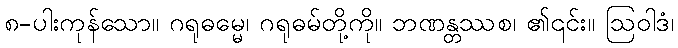
၈-ပါးကုန်သော။ ဂရုဓမ္မေ၊ ဂရုဓမ်တို့ကို။ ဘဏန္တဿစ၊ ၏၎င်း။ ဩဝါဒံ၊